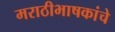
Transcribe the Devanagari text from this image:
मराठीभाषकांचे